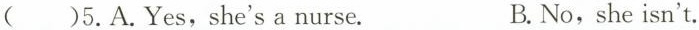
( )5.A.Yes,she'sa nurse. B.No, she isn't.